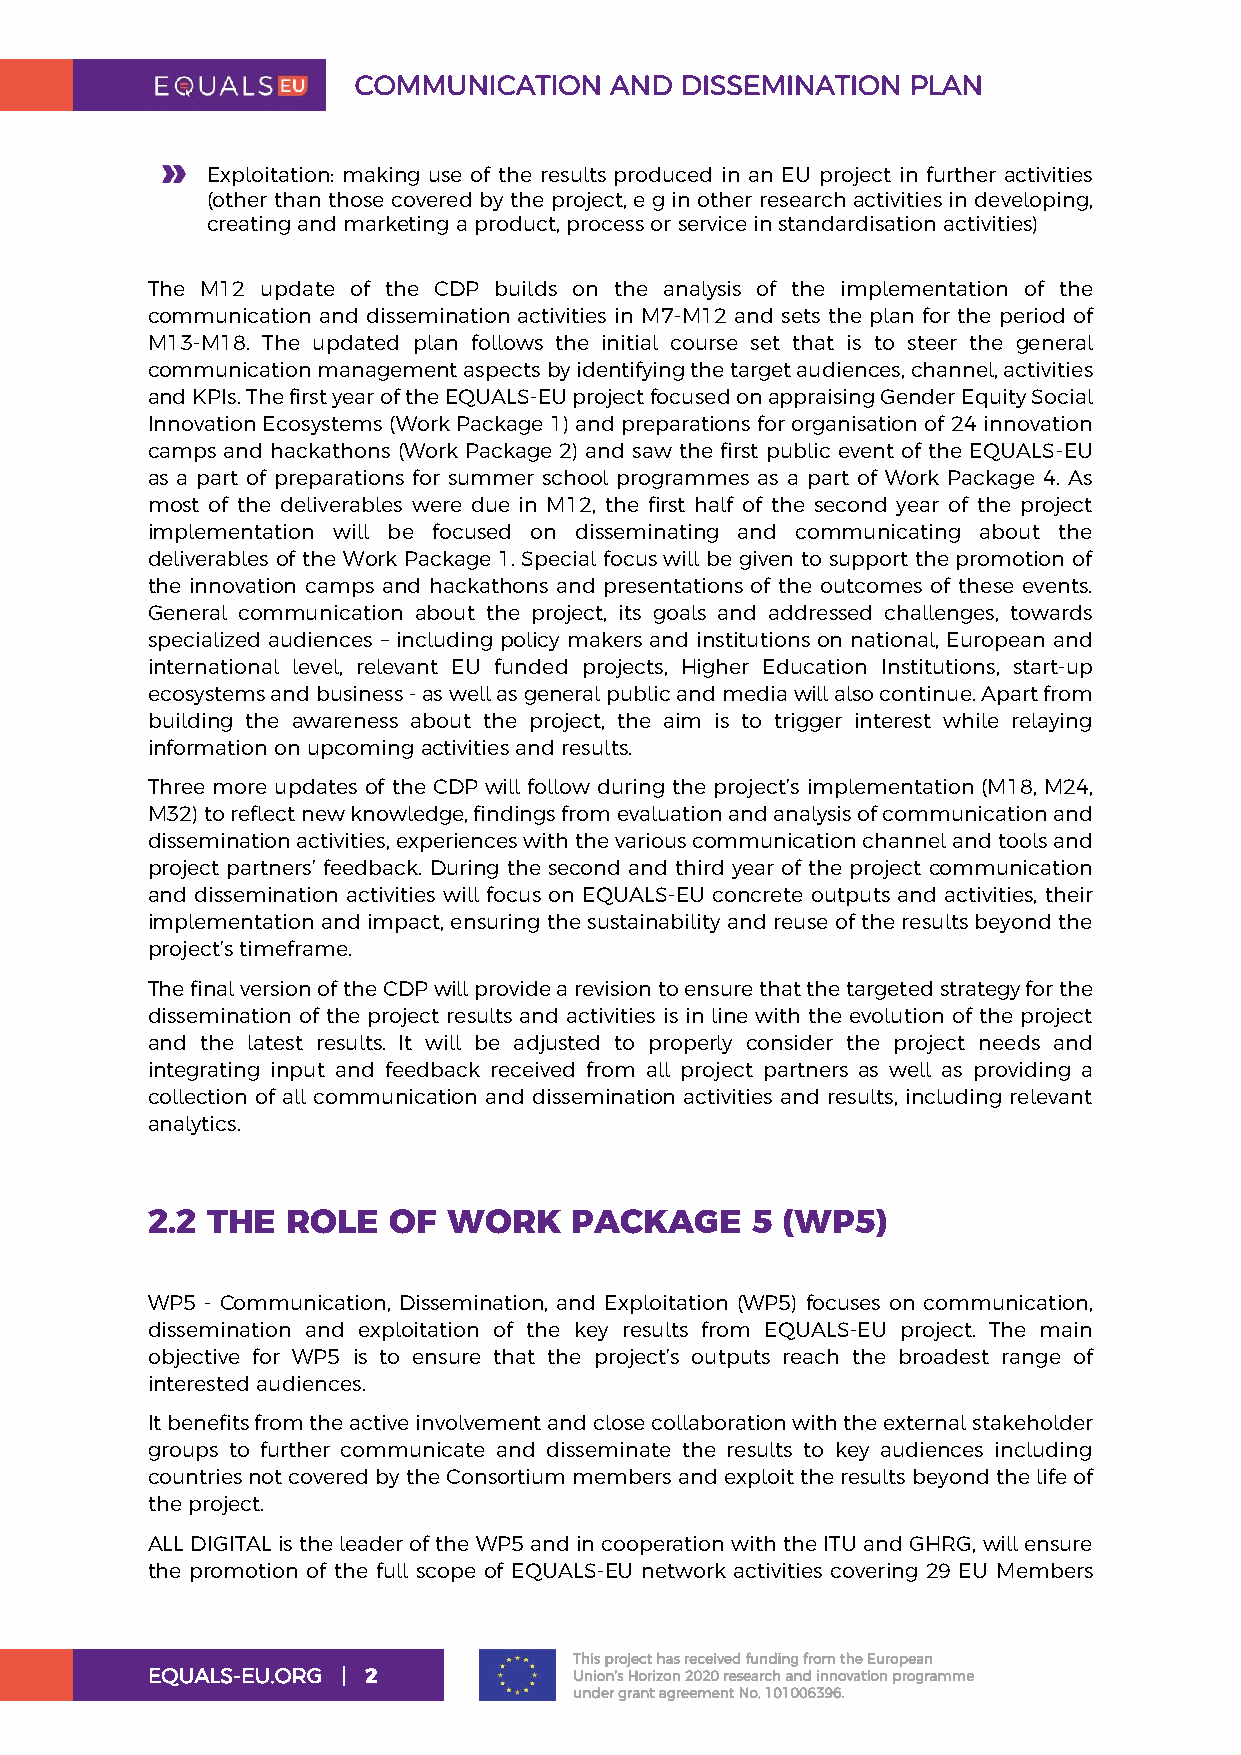
COMMUNICATION    AND  DISSEMINATION  PLAN
 Exploitation: making use of the results produced in an EU project in further activities
 (other than those covered by the project, e g in other research activities in developing,
 creating and marketing a product, process or service in standardisation activities)
 The M12 update of the CDP builds on the analysis of the implementation of the
 communication and dissemination activities in M7-M12 and sets the plan for the period of
 M13-M18. The updated plan follows the initial course set that is to steer the general
 communication management aspects by identifying the target audiences, channel, activities
 and KPIs. The first year of the EQUALS-EU project focused on appraising Gender Equity Social
 Innovation Ecosystems (Work Package 1) and preparations for organisation of 24 innovation
 camps and hackathons (Work Package 2) and saw the first public event of the EQUALS-EU
 as a part of preparations for summer school programmes as a part of Work Package 4. As
 most of the deliverables were due in M12, the first half of the second year of the project
 implementation will be focused on disseminating and communicating about the
 deliverables of the Work Package 1. Special focus will be given to support the promotion of
 the innovation camps and hackathons and presentations of the outcomes of these events.
 General communication about the project, its goals and addressed challenges, towards
 specialized audiences – including policy makers and institutions on national, European and
 international level, relevant EU funded projects, Higher Education Institutions, start-up
 ecosystems and business - as well as general public and media will also continue. Apart from
 building the awareness about the project, the aim is to trigger interest while relaying
 information on upcoming activities and results.
 Three more updates of the CDP will follow during the project’s implementation (M18, M24,
 M32) to reflect new knowledge, findings from evaluation and analysis of communication and
 dissemination activities, experiences with the various communication channel and tools and
 project partners’ feedback. During the second and third year of the project communication
 and dissemination activities will focus on EQUALS-EU concrete outputs and activities, their
 implementation and impact, ensuring the sustainability and reuse of the results beyond the
 project’s timeframe.
 The final version of the CDP will provide a revision to ensure that the targeted strategy for the
 dissemination of the project results and activities is in line with the evolution of the project
 and the latest results. It will be adjusted to properly consider the project needs and
 integrating input and feedback received from all project partners as well as providing a
 collection of all communication and dissemination activities and results, including relevant
 analytics.
 2.2 THE  ROLE   OF  WORK    PACKAGE     5 (WP5)
 WP5 - Communication, Dissemination, and Exploitation (WP5) focuses on communication,
 dissemination and exploitation of the key results from EQUALS-EU project. The main
 objective for WP5 is to ensure that the project’s outputs reach the broadest range of
 interested audiences.
 It benefits from the active involvement and close collaboration with the external stakeholder
 groups to further communicate and disseminate the results to key audiences including
 countries not covered by the Consortium members and exploit the results beyond the life of
 the project.
 ALL DIGITAL is the leader of the WP5 and in cooperation with the ITU and GHRG, will ensure
 the promotion of the full scope of EQUALS-EU network activities covering 29 EU Members
 This project has received funding from the European
 EQUALS-EU.ORG | 2           Union’s Horizon 2020 research and innovation programme
 under grant agreement No. 101006396.